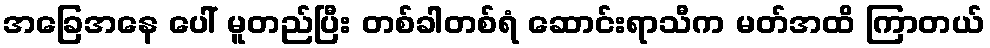
အခြေအနေ ပေါ် မူတည်ပြီး တစ်ခါတစ်ရံ ဆောင်းရာသီက မတ်အထိ ကြာတယ်